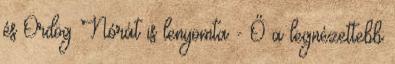
és Ördög Nórát is lenyomta - Ő a legnézettebb